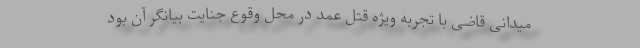
میدانی قاضی با تجربه ویژه قتل عمد در محل وقوع جنایت بیانگر آن بود